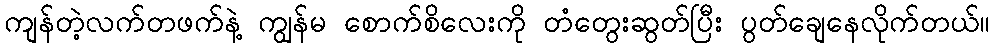
ကျန်တဲ့လက်တဖက်နဲ့ ကျွန်မ စောက်စိလေးကို တံတွေးဆွတ်ပြီး ပွတ်ချေနေလိုက်တယ်။